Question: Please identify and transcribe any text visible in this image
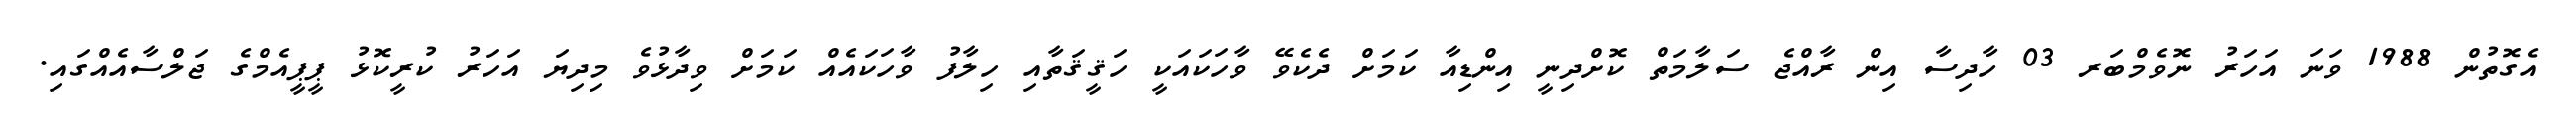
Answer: އެގޮތުން 1988 ވަނަ އަހަރު ނޮވެމްބަރ 03 ހާދިސާ އިން ރާއްޖެ ސަލާމަތް ކޮށްދިނީ އިންޑިއާ ކަމަށް ދެކެވޭ ވާހަކައަކީ ހަޤީޤަތާއި ހިލާފު ވާހަކައެއް ކަމަށް ވިދާޅުވެ މިދިޔަ އަހަރު ކުރީކޮޅު ޕީޕީއެމްގެ ޖަލްސާއެއްގައި.